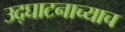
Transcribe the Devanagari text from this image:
उद्घाटनाच्याच